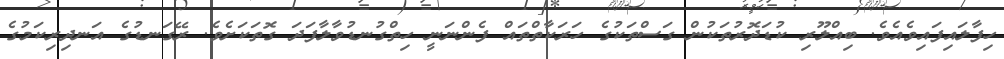
ހިފާލައިފައިވެއެވެ. ބިއްލޫރި ކުޑަދޮރުތަކުން ގަސްތަކުގެ ހަރަކާތްތައް ފެންނަނީ ހިތްގުނޑުވާލާފަދަ ގޮތަކަށެވެ. ރޭގަނޑުގެ އަނދިިރިކަމުގެ